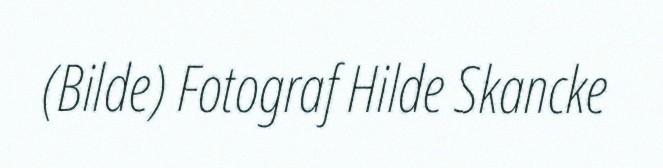
(Bilde) Fotograf Hilde Skancke